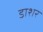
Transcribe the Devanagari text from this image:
डाशर